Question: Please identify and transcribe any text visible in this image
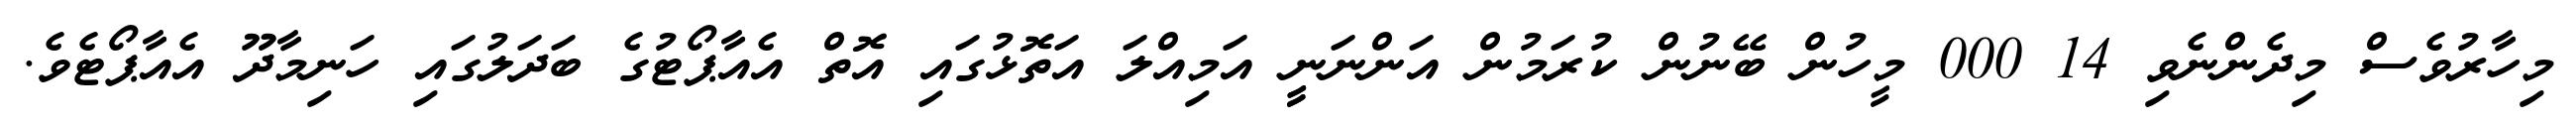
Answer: މިހާރުވެސް މިދެންނެވި 14 000 މީހުން ބޭނުން ކުރަމުން އަންނަނީީ އަމިއްލަ އަތޮޅުގައި އޮތް އެއާޕޯޓުގެ ބަދަލުގައި ހަނިމާދޫ އެއާޕޯޓެވެ.